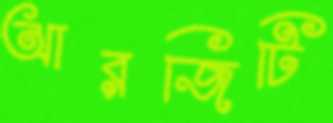
আরজিটি